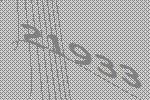
21933